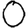
Digit: 0